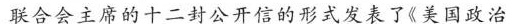
联合会主席的十二封公开信的形式发表了《美国政治